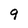
Character: 9